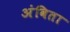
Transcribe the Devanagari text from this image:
अंविता